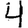
Digit: 4